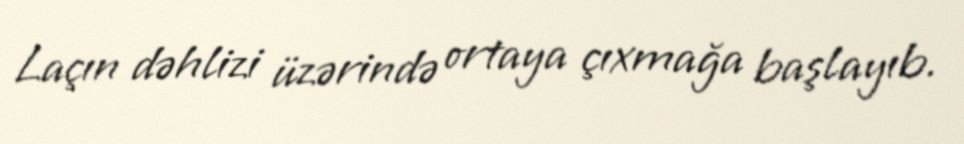
Laçın dəhlizi üzərində ortaya çıxmağa başlayıb.